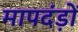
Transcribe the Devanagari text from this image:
मापदंड़ों